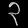
Digit: ၃